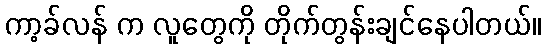
ကာ့ခ်လန် က လူတွေကို တိုက်တွန်းချင်နေပါတယ်။